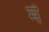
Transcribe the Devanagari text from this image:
मेेें